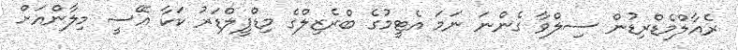
ރެއާލްމެޑްރިޑުން ސިލްވާ ގެންނަ ނަމަ އެޓީމުގެ ބްރެޒިލްގެ މިޑްފީލްޑަރު ކަކާ އޭސީ މިލާންއަށް